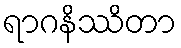
ရာဂနိဿိတာ